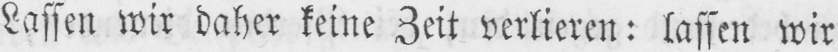
Lassen wir daher keine Zeit verlieren: lassen wir